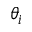
\theta _ { i }